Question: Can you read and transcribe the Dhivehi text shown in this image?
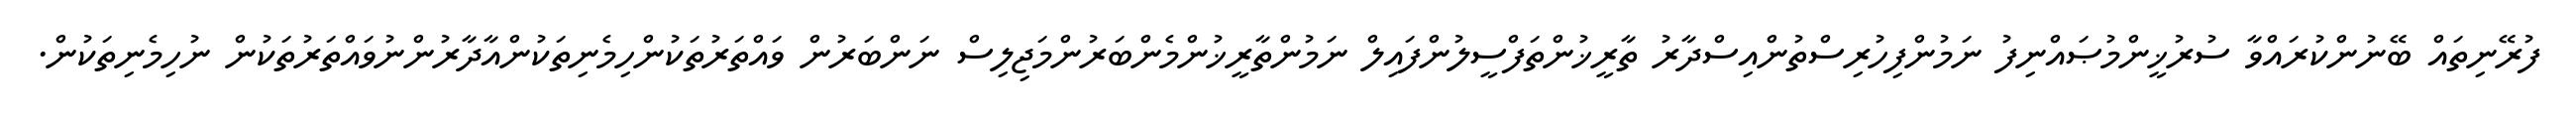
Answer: ފުރޭނިތައް ބޭނުންކުރައްވާ ސުރުޚީންމުޞައްނިފު ނަމުންފިހުރިސްތުންއިސްދާރު ތާރީޚުންތަފްސީލުންފައިލް ނަމުންތާރީޚުންމެންބަރުންމަޖިލިސް ނަންބަރުން ވައްތަރުތަކުންހިމެނިތަކުންއާދާރުންނުވައްތަރުތަކުން ނުހިމެނިތަކުން.